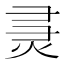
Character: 𰞞